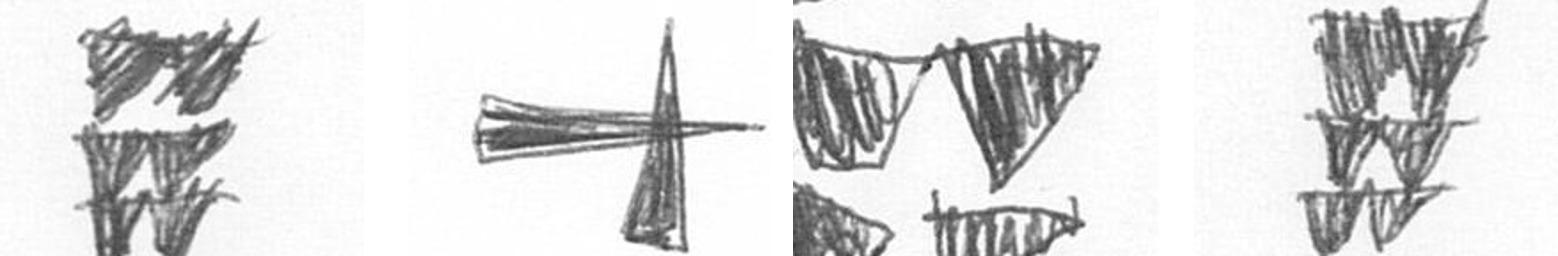
Y G B Y